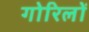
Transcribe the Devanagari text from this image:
गोरिलों